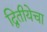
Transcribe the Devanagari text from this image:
द्वितीयेचा